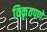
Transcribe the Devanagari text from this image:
विकृतपणे